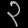
Digit: ၃